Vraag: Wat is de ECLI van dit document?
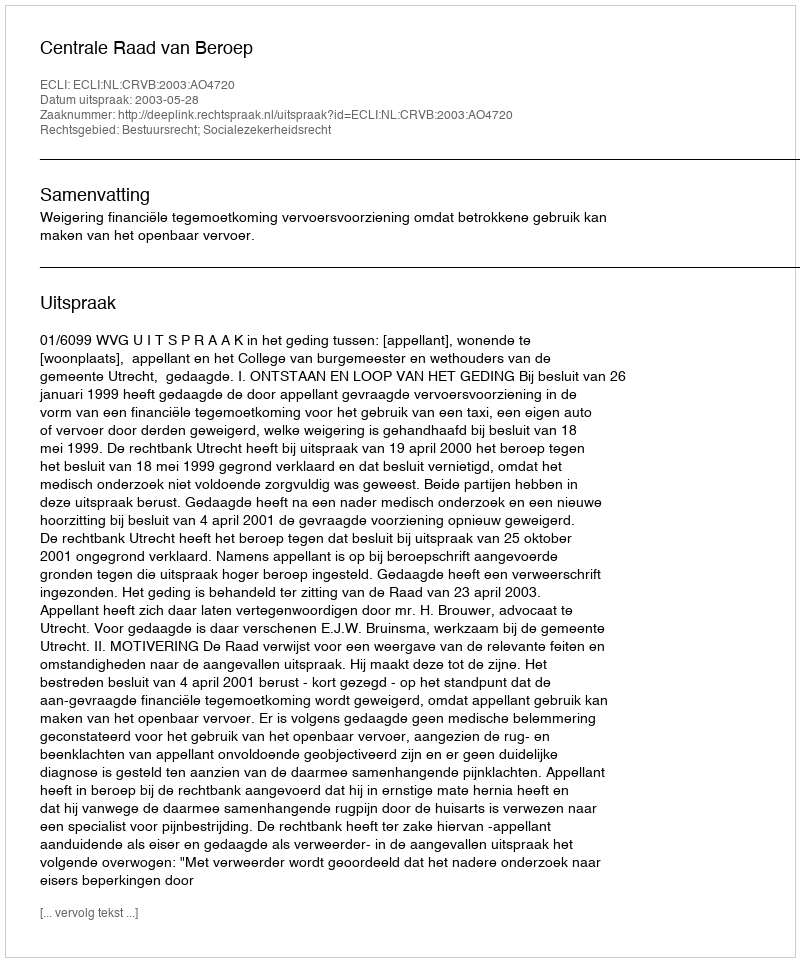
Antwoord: ECLI:NL:CRVB:2003:AO4720